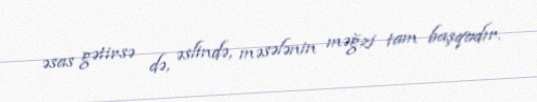
əsas gətirsə də, əslində, məsələnin məğzi tam başqadır.